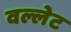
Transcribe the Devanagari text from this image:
वल्लेट